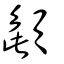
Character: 頿